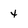
Character: 4